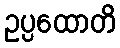
ဥပ္ပထောတိ